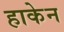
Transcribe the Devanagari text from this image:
हाकेन